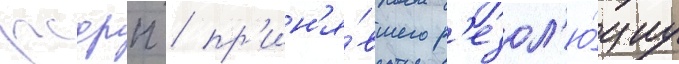
рсдрп / пр'ин'я́вшего р'езол'ю́циу